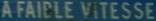
À FAIBLE VITESSE